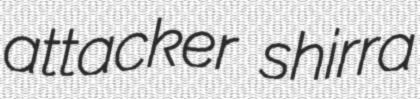
attacker shirra